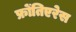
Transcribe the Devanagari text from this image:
फ्रोंतिएरेस